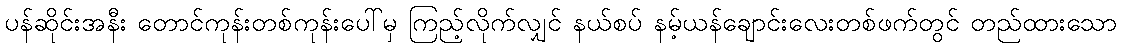
ပန်ဆိုင်းအနီး တောင်ကုန်းတစ်ကုန်းပေါ်မှ ကြည့်လိုက်လျှင် နယ်စပ် နမ့်ယန်ချောင်းလေးတစ်ဖက်တွင် တည်ထားသော